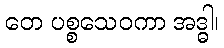
တေ ပစ္စသေဝကာ အဒ္ဓါ၊